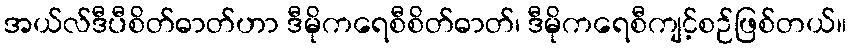
အယ်လ်ဒီပီစိတ်ဓာတ်ဟာ ဒီမိုကရေစီစိတ်ဓာတ်၊ ဒီမိုကရေစီကျင့်စဉ်ဖြစ်တယ်။